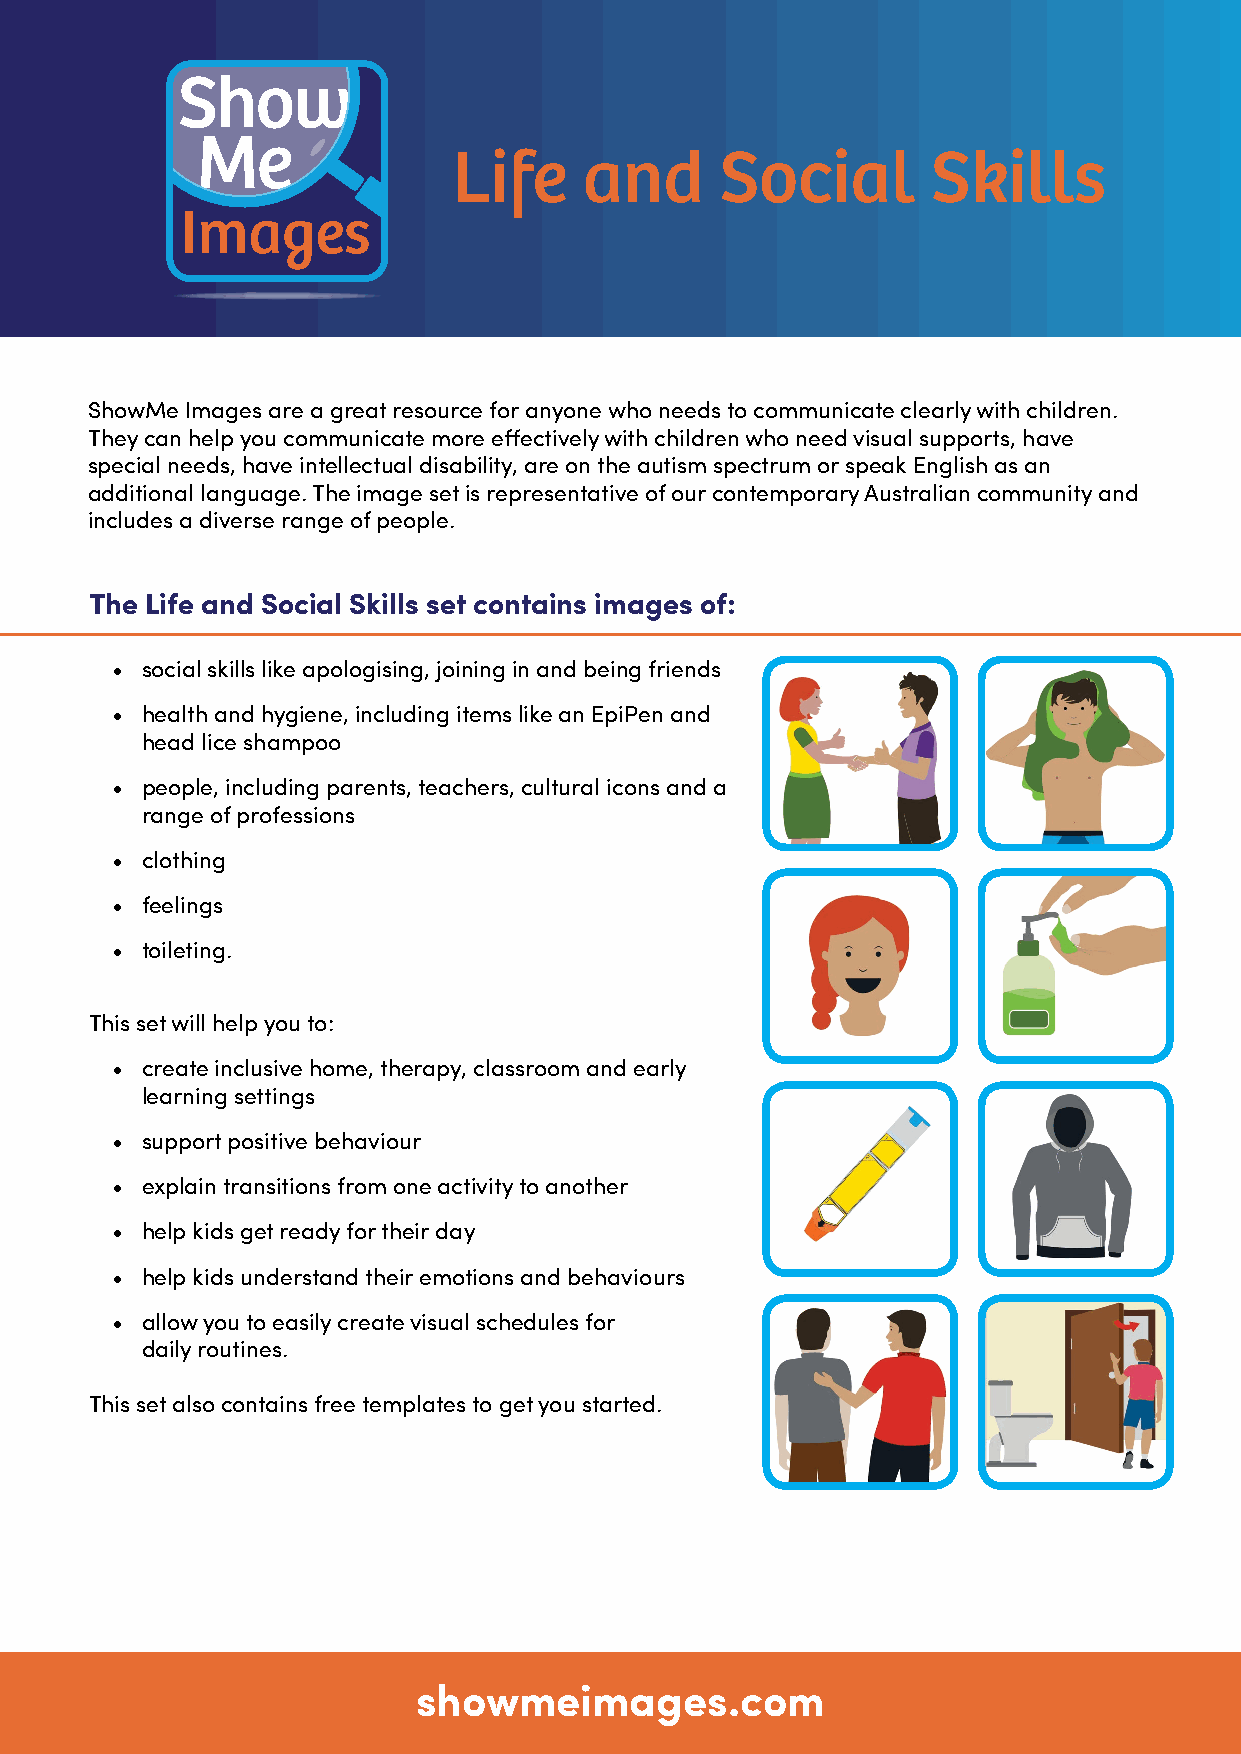
Life     and      Social        Skills
 ShowMe Images are a great resource for anyone who needs to communicate clearly with children.
 They can help you communicate more effectively with children who need visual supports, have
 special needs, have intellectual disability, are on the autism spectrum or speak English as an
 additional language. The image set is representative of our contemporary Australian community and
 includes a diverse range of people.
 The Life and Social Skills set contains images of:
 • social skills like apologising, joining in and being friends
 • health and hygiene, including items like an EpiPen and
 head lice shampoo
 • people, including parents, teachers, cultural icons and a
 range of professions
 • clothing
 • feelings
 • toileting.
 This set will help you to:
 • create inclusive home, therapy, classroom and early
 learning settings
 • support positive behaviour
 • explain transitions from one activity to another
 • help kids get ready for their day
 • help kids understand their emotions and behaviours
 • allow you to easily create visual schedules for
 daily routines.
 This set also contains free templates to get you started.
 showmeimages.com